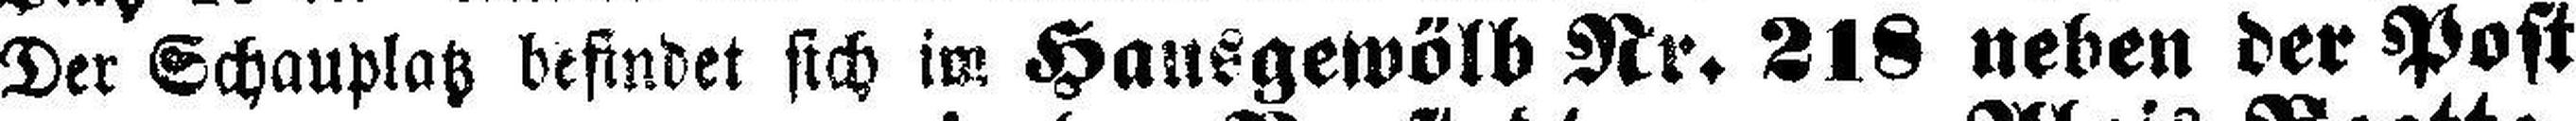
Der Schauplatz befindet sich im Hausgewölb Nr. 218 neben der Post